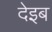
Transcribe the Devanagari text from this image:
देइब